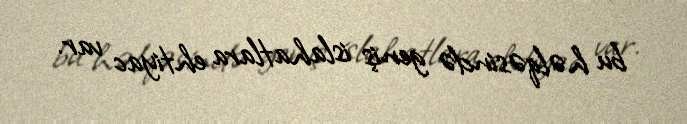
bu həlqəsində geniş islahatlara ehtiyac var.